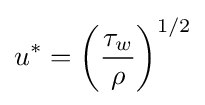
u^{*}=\left({\frac {\tau _{w}}{\rho }}\right)^{1/2}